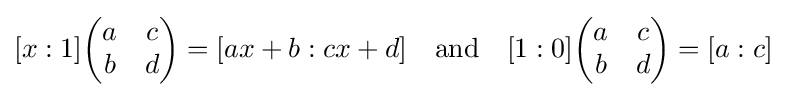
[x:1]{\begin{pmatrix}a&c\\b&d\end{pmatrix}}=[ax+b:cx+d]\quad \mathrm {and} \quad [1:0]{\begin{pmatrix}a&c\\b&d\end{pmatrix}}=[a:c]